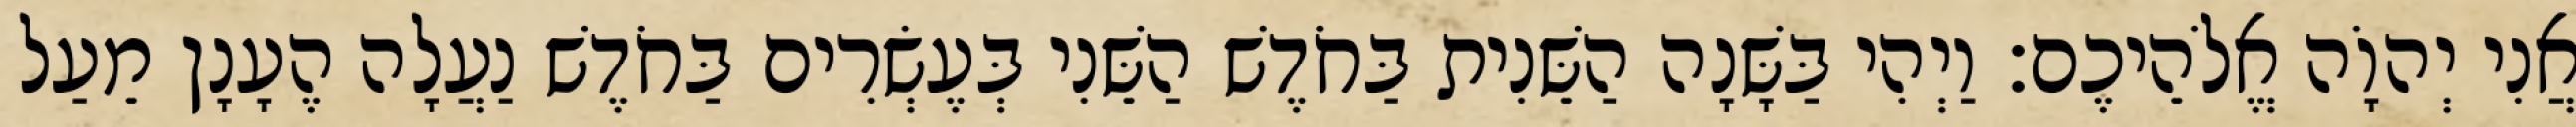
אֲנִי יְהוָֹה אֱלֹהֵיכֶם׃ וַיְהִי בַּשָּׁנָה הַשֵּׁנִית בַּחֹדֶשׁ הַשֵּׁנִי בְּעֶשְׂרִים בַּחֹדֶשׁ נַעֲלָה הֶעָנָן מֵעַל